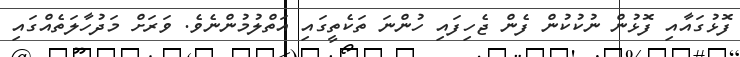
ފޮޅުގައާއި ފޮޅުން ނުކުކުން ފެން ޖެހިފައި ހުންނަ ތަކެތީގައި އަތްލުމުންނެވެ. ވަރަށް މަދުހާލަތެއްގައި